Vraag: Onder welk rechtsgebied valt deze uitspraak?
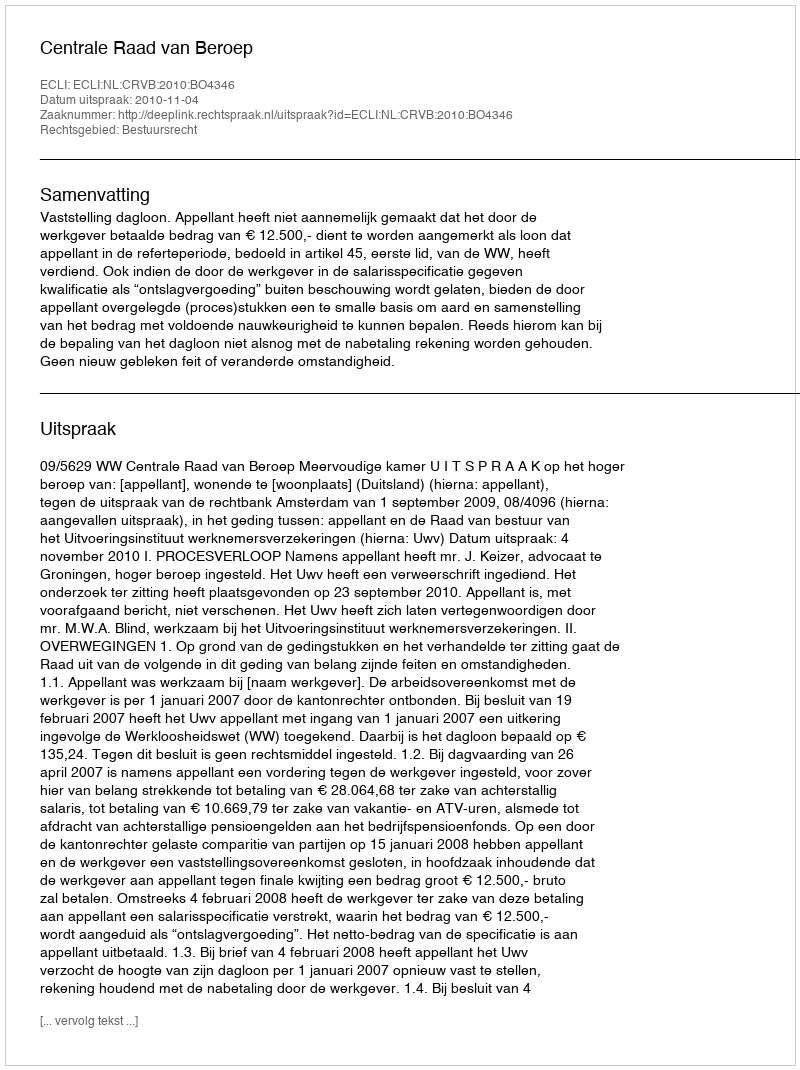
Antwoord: Bestuursrecht